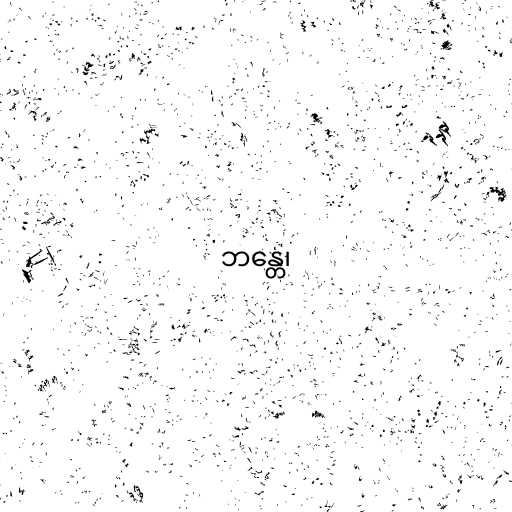
ဘန္တေ၊